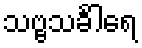
သဗ္ဗသင်္ခါရေ